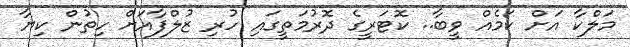
މަލްކާ އަށް ކަމެއް ވީބާ.. ކޮޓަރީގެ ދޮރުމަތީގައި ހުރި ޒުލްފާއަށް ހިތުން ކިޔާ